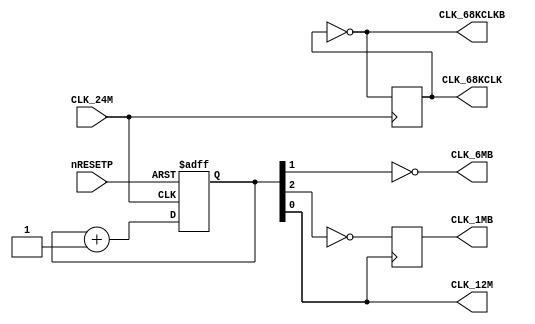
// NeoGeo logic definition (simulation only)
// Copyright (C) 2018 Sean Gonsalves
//
// This program is free software: you can redistribute it and/or modify
// it under the terms of the GNU General Public License as published by
// the Free Software Foundation, either version 3 of the License, or
// (at your option) any later version.
//
// This program is distributed in the hope that it will be useful,
// but WITHOUT ANY WARRANTY; without even the implied warranty of
// MERCHANTABILITY or FITNESS FOR A PARTICULAR PURPOSE.  See the
// GNU General Public License for more details.
//
// You should have received a copy of the GNU General Public License
// along with this program.  If not, see <https://www.gnu.org/licenses/>.

`timescale 1ns/1ns

// Everything here was verified on a MV4 board
// Todo: Check phase relations between 12M, 68KCLK and 68KCLKB
// Todo: Check cycle right after nRESETP goes high, real hw might have an important delay added

module clocks(
	input CLK_24M,
	input nRESETP,
	output CLK_12M,
	output reg CLK_68KCLK = 1'b0,	// Real hw doesn't clearly init DFF, this needs to be checked
	output CLK_68KCLKB,
	output CLK_6MB,
	output reg CLK_1MB
);

	reg [2:0] CLK_DIV;
	wire CLK_3M;
	
	// MV4 C4:A
	always @(posedge CLK_24M)
		CLK_68KCLK <= ~CLK_68KCLK;
	
	assign CLK_68KCLKB = ~CLK_68KCLK;
	
	always @(negedge CLK_24M or negedge nRESETP)
	begin
		if (!nRESETP)
			CLK_DIV <= 3'b100;
		else
			CLK_DIV <= CLK_DIV + 1'b1;
	end
	
	assign CLK_12M = CLK_DIV[0];
	assign CLK_6MB = ~CLK_DIV[1];
	assign CLK_3M = CLK_DIV[2];
	
	// MV4 C4:B
	always @(posedge CLK_12M)
		CLK_1MB <= ~CLK_3M;
	
endmodule